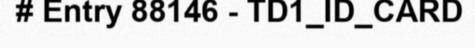
# Entry 88146 - TD1_ID_CARD